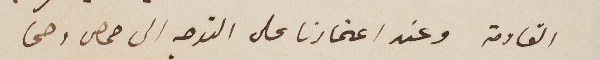
القادمة وعند اعتمادنا على التوجه الى حمص وحما